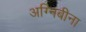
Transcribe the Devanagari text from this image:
अग्निबीना